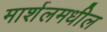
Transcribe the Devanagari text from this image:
मार्शलमधील